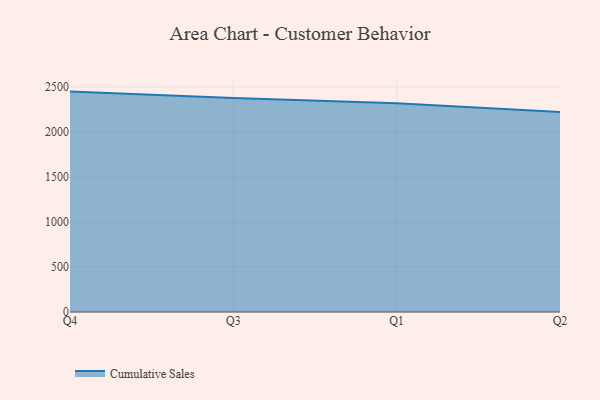
{"axis": {"x": "Quarter", "y": "Humidity (%)"}, "legend": ["Cumulative Sales"], "data": [{"x": "Q4", "y": 2448.3, "type": "Cumulative Sales"}, {"x": "Q3", "y": 2376.3, "type": "Cumulative Sales"}, {"x": "Q1", "y": 2318.4, "type": "Cumulative Sales"}, {"x": "Q2", "y": 2221.0, "type": "Cumulative Sales"}]}